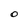
Character: O